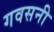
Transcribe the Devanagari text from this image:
गवसनी